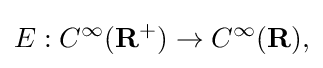
\displaystyle {E:C^{\infty }(\mathbf {R} ^{+})\rightarrow C^{\infty }(\mathbf {R} ),}